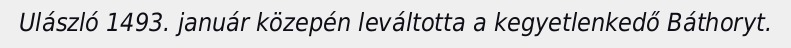
Ulászló 1493. január közepén leváltotta a kegyetlenkedő Báthoryt.